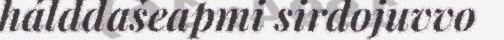
hálddašeapmi sirdojuvvo